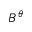
B ^ { \theta }